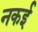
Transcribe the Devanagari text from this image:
नकई